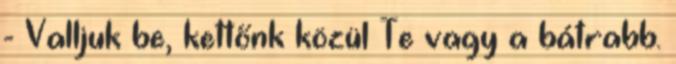
- Valljuk be, kettőnk közül Te vagy a bátrabb.